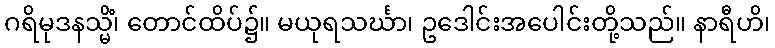
ဂရိမုဒနသ္မိံ၊ တောင်ထိပ်၌။ မယုရသင်္ဃာ၊ ဥဒေါင်းအပေါင်းတို့သည်။ နာရီဟိ၊